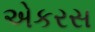
એકરસ